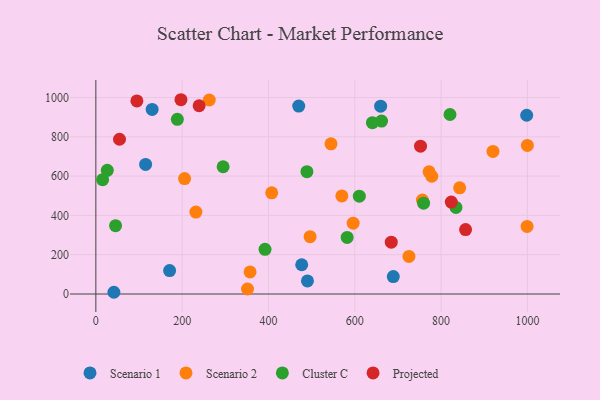
{"axis": {"x": "Price", "y": "Rating"}, "legend": ["Cluster C", "Projected", "Scenario 1", "Scenario 2"], "data": [{"x": "659.9", "y": 955.6, "type": "Scenario 1"}, {"x": "470.1", "y": 956.4, "type": "Scenario 1"}, {"x": "689.2", "y": 88.6, "type": "Scenario 1"}, {"x": "477.0", "y": 148.8, "type": "Scenario 1"}, {"x": "998.3", "y": 909.6, "type": "Scenario 1"}, {"x": "170.9", "y": 119.1, "type": "Scenario 1"}, {"x": "130.4", "y": 939.2, "type": "Scenario 1"}, {"x": "41.8", "y": 8.8, "type": "Scenario 1"}, {"x": "115.3", "y": 659.5, "type": "Scenario 1"}, {"x": "490.3", "y": 66.4, "type": "Scenario 1"}, {"x": "231.8", "y": 416.9, "type": "Scenario 2"}, {"x": "843.0", "y": 540.5, "type": "Scenario 2"}, {"x": "756.6", "y": 478.4, "type": "Scenario 2"}, {"x": "725.5", "y": 191.0, "type": "Scenario 2"}, {"x": "351.4", "y": 25.4, "type": "Scenario 2"}, {"x": "570.0", "y": 499.1, "type": "Scenario 2"}, {"x": "205.6", "y": 587.3, "type": "Scenario 2"}, {"x": "920.2", "y": 725.6, "type": "Scenario 2"}, {"x": "357.3", "y": 112.4, "type": "Scenario 2"}, {"x": "496.4", "y": 291.7, "type": "Scenario 2"}, {"x": "999.9", "y": 756.1, "type": "Scenario 2"}, {"x": "778.4", "y": 599.3, "type": "Scenario 2"}, {"x": "262.8", "y": 987.2, "type": "Scenario 2"}, {"x": "999.2", "y": 343.9, "type": "Scenario 2"}, {"x": "544.9", "y": 764.4, "type": "Scenario 2"}, {"x": "596.2", "y": 360.4, "type": "Scenario 2"}, {"x": "407.5", "y": 515.1, "type": "Scenario 2"}, {"x": "772.1", "y": 621.8, "type": "Scenario 2"}, {"x": "15.7", "y": 581.9, "type": "Cluster C"}, {"x": "26.5", "y": 629.3, "type": "Cluster C"}, {"x": "188.8", "y": 889.1, "type": "Cluster C"}, {"x": "392.0", "y": 227.3, "type": "Cluster C"}, {"x": "294.9", "y": 647.6, "type": "Cluster C"}, {"x": "662.0", "y": 879.9, "type": "Cluster C"}, {"x": "582.3", "y": 288.1, "type": "Cluster C"}, {"x": "759.4", "y": 462.0, "type": "Cluster C"}, {"x": "834.4", "y": 440.7, "type": "Cluster C"}, {"x": "45.7", "y": 347.7, "type": "Cluster C"}, {"x": "640.8", "y": 871.6, "type": "Cluster C"}, {"x": "610.5", "y": 497.8, "type": "Cluster C"}, {"x": "820.6", "y": 913.5, "type": "Cluster C"}, {"x": "489.1", "y": 622.3, "type": "Cluster C"}, {"x": "95.1", "y": 982.6, "type": "Projected"}, {"x": "684.5", "y": 263.8, "type": "Projected"}, {"x": "856.7", "y": 327.6, "type": "Projected"}, {"x": "752.3", "y": 752.4, "type": "Projected"}, {"x": "197.2", "y": 988.6, "type": "Projected"}, {"x": "239.3", "y": 957.9, "type": "Projected"}, {"x": "823.6", "y": 467.8, "type": "Projected"}, {"x": "54.8", "y": 787.6, "type": "Projected"}]}